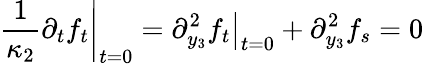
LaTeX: \left.\frac{1}{\kappa_{2}}\partial_{t}f_{t}\right|_{t=0}=\left.\partial_{y_{3}}^{2}f_{t}\right|_{t=0}+\partial_{y_{3}}^{2}f_{s}=0